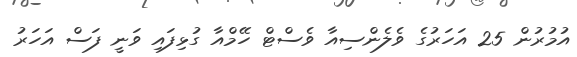
އުމުރުން 25 އަހަރުގެ ވެލެންސިއާ ވެސްޓް ހޭމްއާ ގުޅިފައި ވަނީ ފަސް އަހަރު